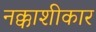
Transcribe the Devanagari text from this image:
नक्काशीकार